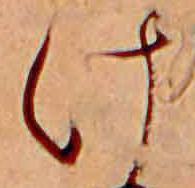
け